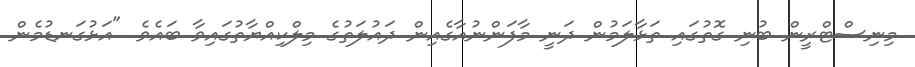
މިނިސްޓްރީން ބުނި ގޮތުގައި ތަޅާލަމުން ދަނީ މާފަންނުއާގެއިން ދައުލަތުގެ މިލްކިއްޔާތުގައިވާ ބައެވެ. "އަޅުގަނޑުމެން